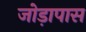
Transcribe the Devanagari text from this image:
जोड़ापास